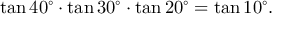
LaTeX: \tan 4 0 ^ { \circ } \cdot \tan 3 0 ^ { \circ } \cdot \tan 2 0 ^ { \circ } = \tan 1 0 ^ { \circ } .